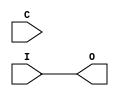
module clk_gate (
               I, C, O
           );

    input  I;
    input  C;
    output O;

    assign O = I; // Clock don't stop when using FPGA.

//======================================================
  endmodule